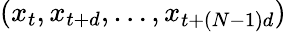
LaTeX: (x_{t},x_{t+d},\ldots,x_{t+(N-1)d})